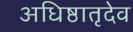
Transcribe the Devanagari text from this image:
अधिष्ठातृदेव